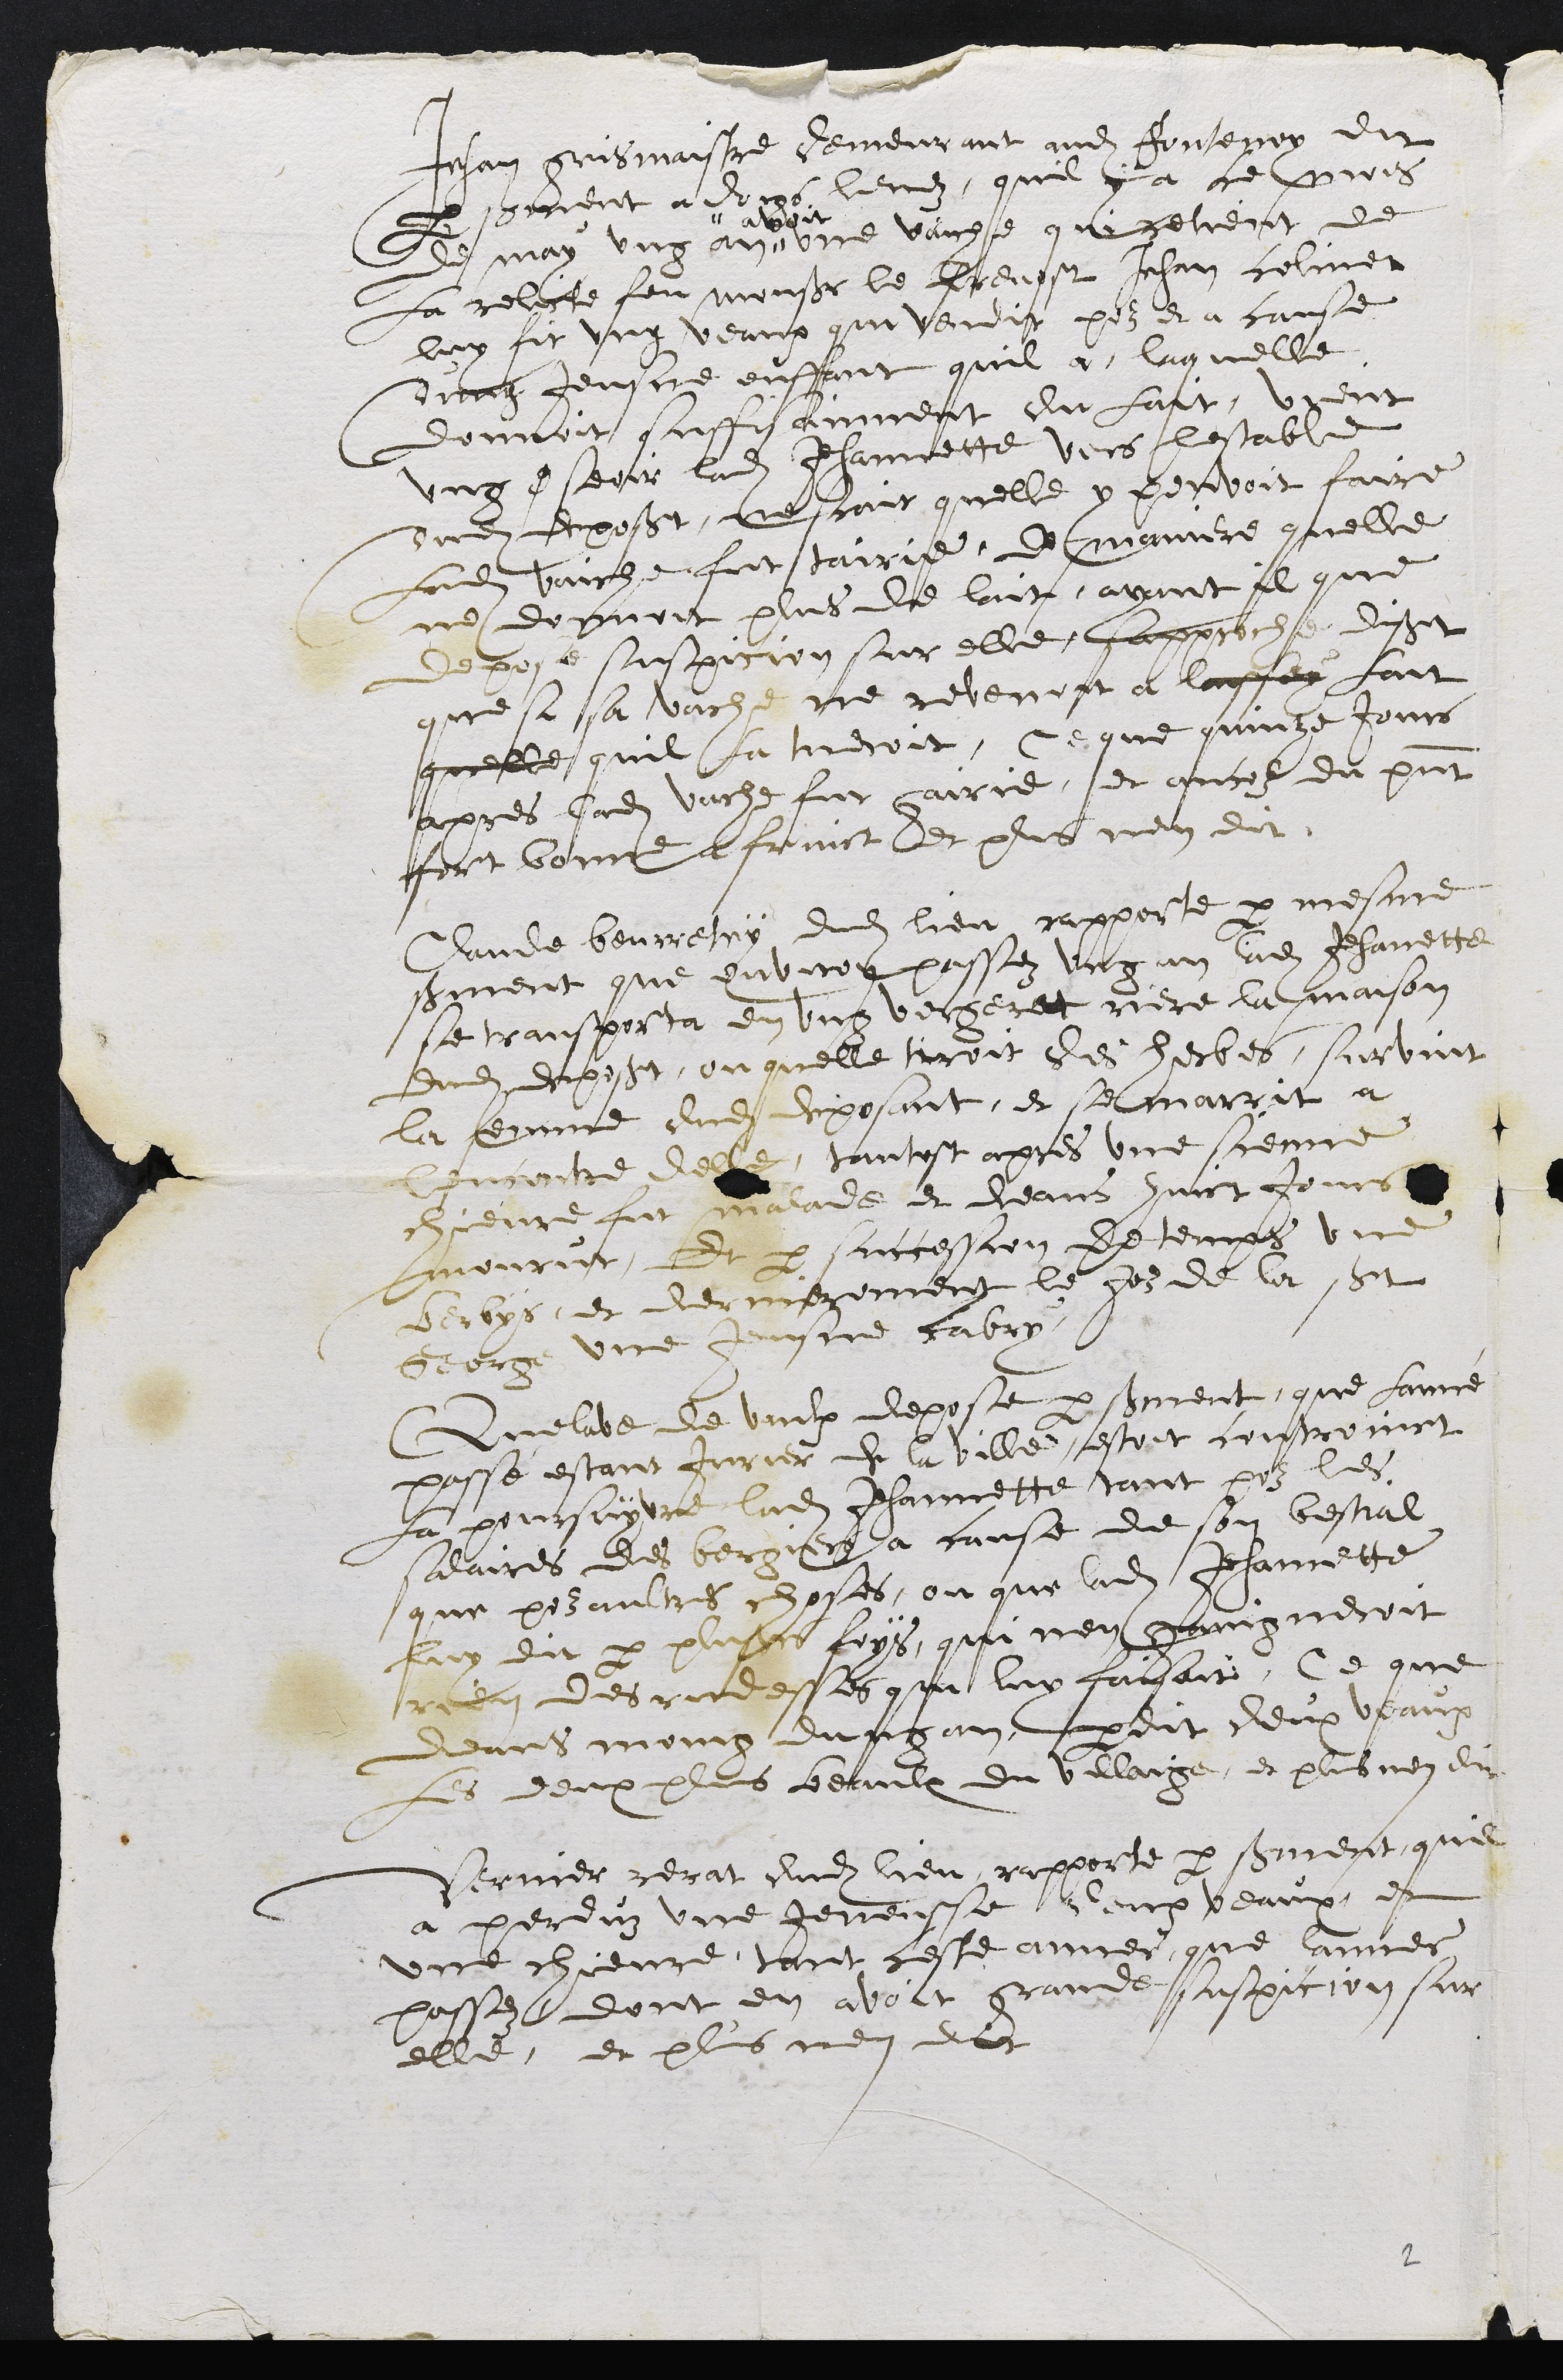
Jehan gris maisre demeurant audit Pontenoy dit
par sement a doigs levez quil y a ceprois
de may ung an
"  avoit
une vaiche que retient de
La relicte feu Monsieur le Prevost Jehan coliner
luy fit ung veaux qui vendit pour et a cause
Qung Jeusne enffant quil a laquelle
donnoit suffisanment du lait, vrent
ung eseoir ladite Jehannette vers lestable
dudit deposant, rescait quelle y porvoit faire
Ladite vauche fut tairie, d maniere quelle
ne donnoit plus de lait, avant il que
depose suspicion sur elle Lapproche disat
que si sa vache ne revenoit a laissey fait
quelle quil la tudroit, Ce que quinze Jours
apres ladite vache fut gairie, et ancol du present
fort bonne a fruict Et plus nien dit
Claude beurretry dudit lieu rapporte par mesme
serment que environ passez ung an ladite Jehanette
se transporta en ung vecgeret riere la maison
dudit deposant, ou quelle trroit des herbes, survint
la femme dudit deposant, et se marrit a
Lencontre delle, tantost apres une sieure
chievre fut malade et deans huict Jours
mourut, Et par succession de temps une
berbys, et derriezement le gos de la sSt
George une Jeusne cabry
Quelibe de vaulx depose persourent, que lanne
passé estant Jurier de la ville estoit controinct
la poursuyvre ladite Jehannette tant pour les
salaires des bergiers a cause de son bestial,
que puraultres choses, ou que ladite Jhannette
luy dit par plusieurs foys qui nen gaingneroit
rien des rindesses qui luy faisoit, Ce que
deant moing dufgan perdit deux veaux
Les deux plus beaulx du villaige, et plus nen dit
Verner rerat dudit lieu, rapporte par serment que
a perduz une Jenensse deux veaux, et
une chievre, tant ceste aner que lannee
passez dont en avoit grande suspicion sur
elle, et plus rien dict